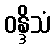
ဝန္ဒိသံ